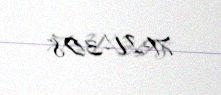
71-IV-308